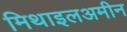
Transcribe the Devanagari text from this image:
मिथाइलअमीन